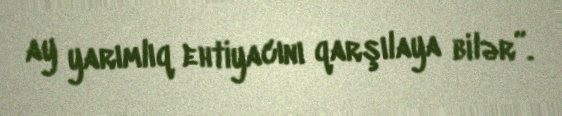
ay yarımlıq ehtiyacını qarşılaya bilər”.